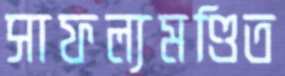
সাফল্যমণ্ডিত